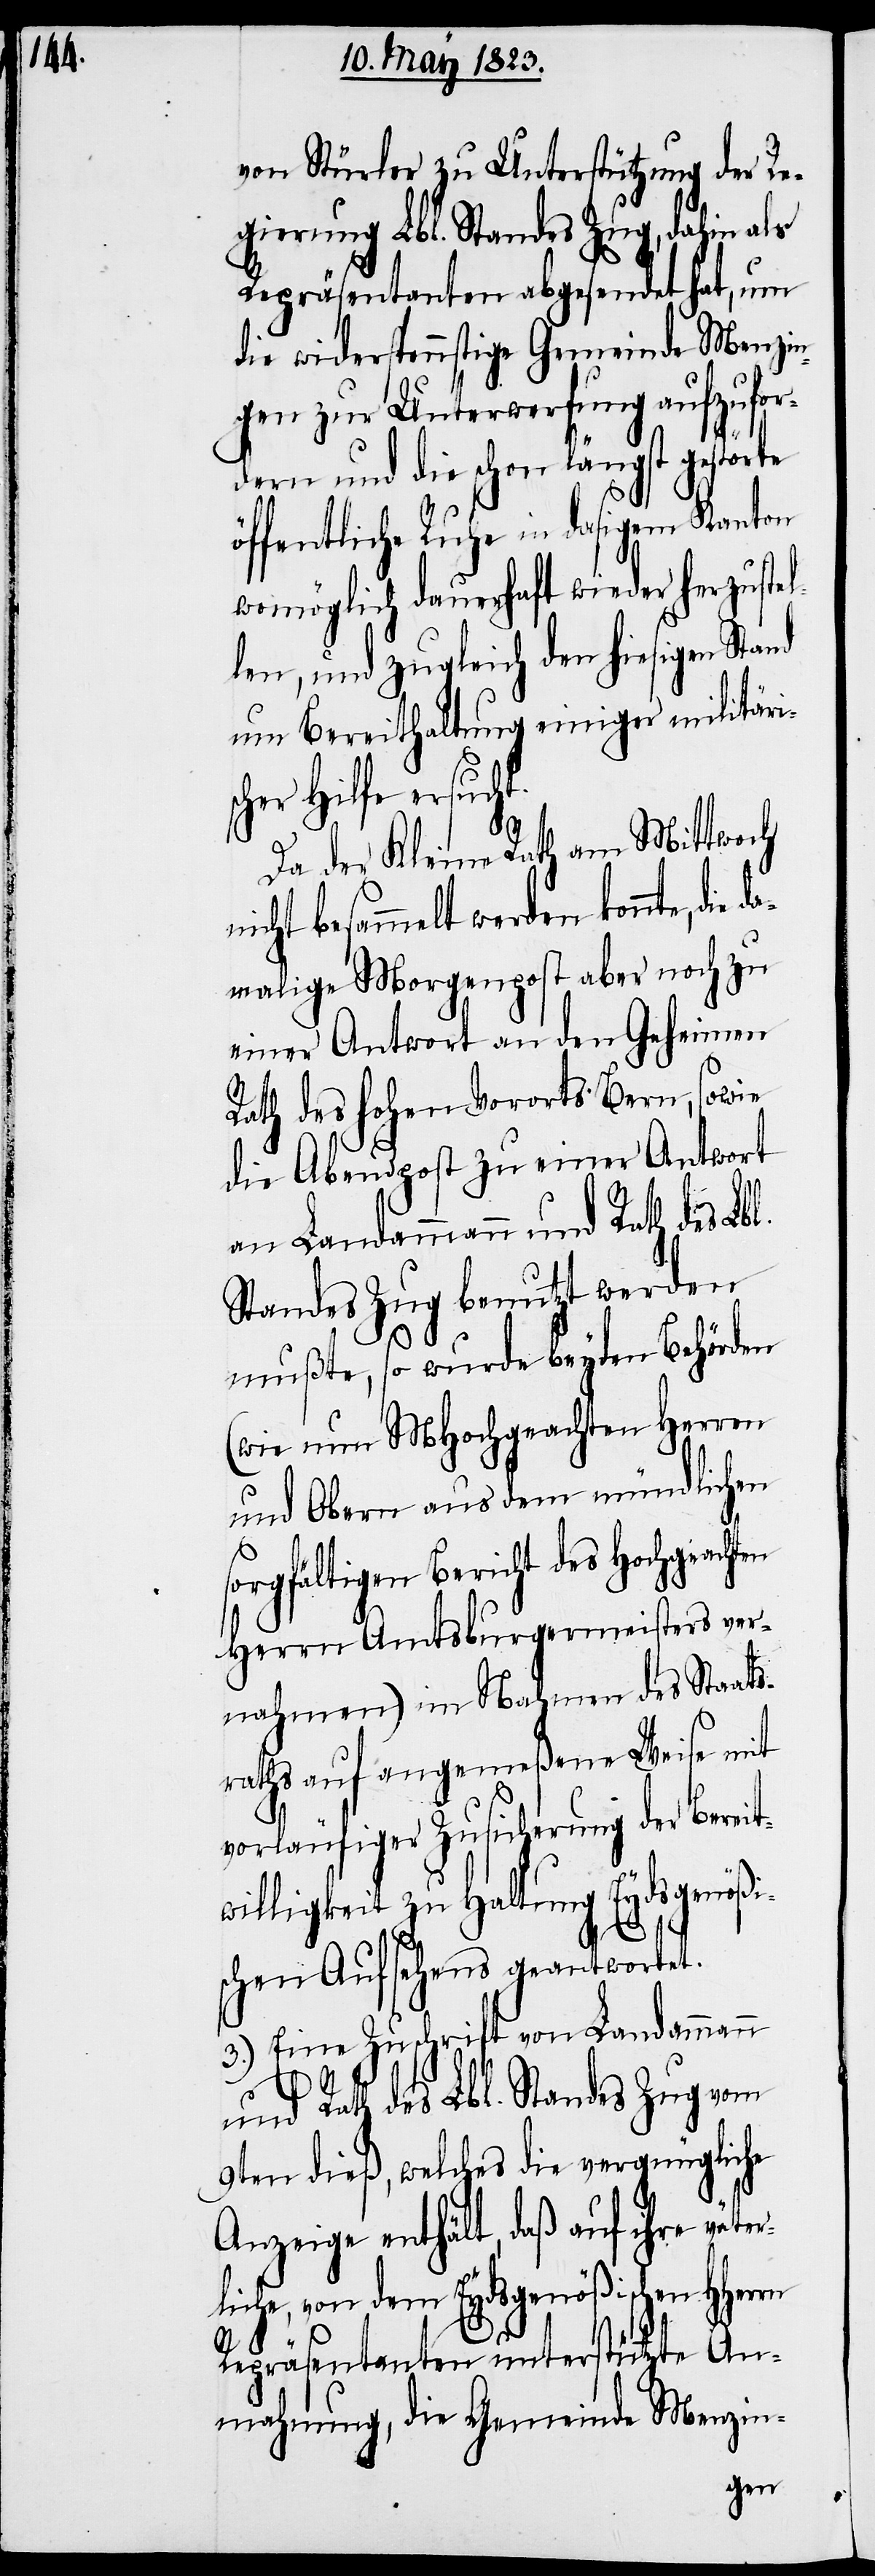
von Stürler zu Unterstützung der Re¬
gierung Lbl. Standes Zug, dahin als
Repräsentanten abgesendet hat, um
die widerspennstige Gemeinde Menzin¬
gen zur Unterwerfung aufzufor¬
dern und die schon längst gestörte
öffentliche Ruhe in dasigem Kanton
womöglich dauerhaft wieder herzustel¬
len, und zugleich den hiesigen Stand
um Bereithaltung einiger militäris¬
cher Hilfe ersucht.
da¬
Da der Kleine Rath am Mittwoch
icht besammelt werden ko¬
malige Morgenpost aber noch zu
einer Antwort an den Geheimen
Rath des hohen Vororts Bern, sowie
die Abendpost zu einer Antwort
an Landammann und Rath des Lbl.
Standes Zug benutzt werden
mußte, so wurde beyden Behörden
(wie nun MHochgeachten Herren
und Obern aus dem mündlichen
orgfältigen Bericht des Hochgeachten
Herrn Amtsburgermeisters ver¬
nahmen) im Nahmen des Staats¬
raths auf angemeßene Weise mit
r¬
vorläufiger Zusicherung der Bereit¬
willigkeit zu Haltung Eydsgenößi¬
schen Aufsehens geantwortet.
3.) Eine Zuschrift von Landammann
und Rath des Lbl. Standes Zug vom
9ten dieß, welches die vergnügliche
Anzeige enthält, daß auf ihre väte¬
liche, von dem Eydsgenößischen
Repräsentanten unterstützte An¬
mahnung, die Gemeinde Menzin-